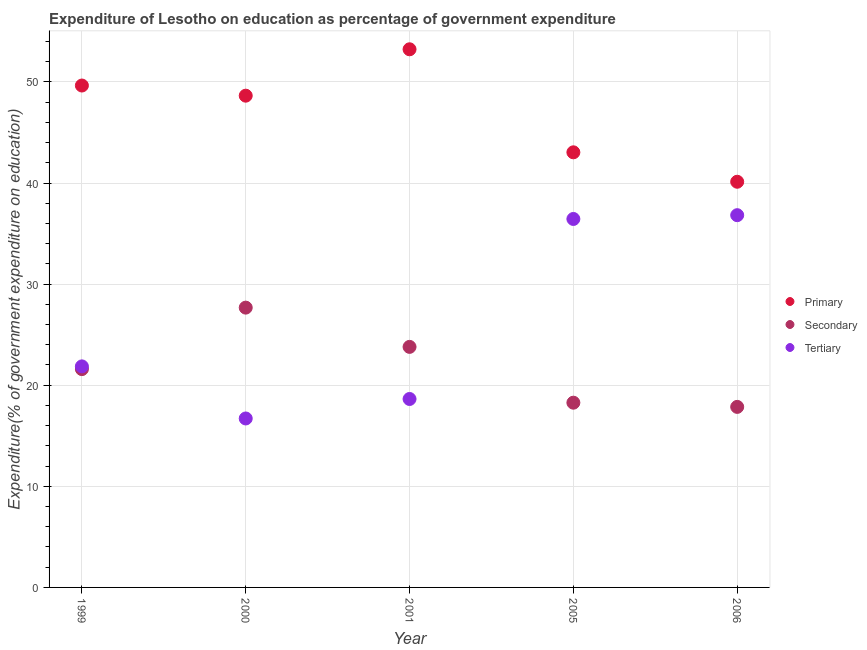
| Year | Primary | Secondary | Tertiary |
 | --- | --- | --- | --- |
 | 1999 | 49.6 | 21.6 | 21.9 |
 | 2000 | 48.6 | 27.7 | 16.7 |
 | 2001 | 53.2 | 23.8 | 18.6 |
 | 2005 | 43 | 18.3 | 36.4 |
 | 2006 | 40.1 | 17.9 | 36.8 |